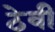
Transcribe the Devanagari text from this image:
ठेवीं